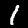
Digit: 1